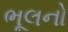
ભૂલનો